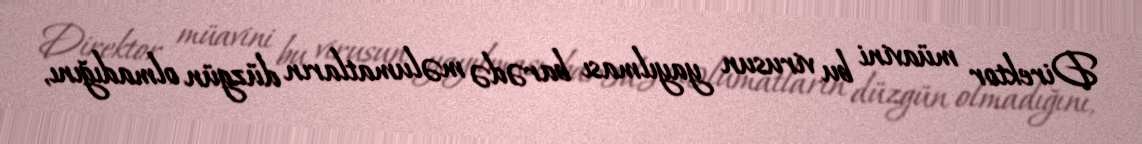
Direktor müavini bu virusun yayılması barədə məlumatların düzgün olmadığını,